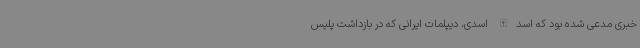
خبری مدعی شده بود که اسدالله اسدی، دیپلمات ایرانی که در بازداشت پلیس